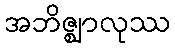
အဘိဇ္ဈာလုဿ